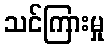
သင်ကြားမှု